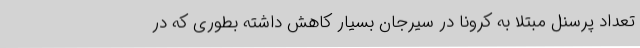
تعداد پرسنل مبتلا به کرونا در سیرجان بسیار کاهش داشته بطوری که در